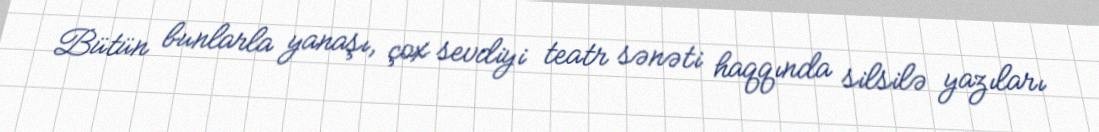
Bütün bunlarla yanaşı, çox sevdiyi teatr sənəti haqqında silsilə yazıları